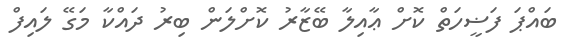
ބައްޕަ ފަޟީހަތް ކޮށް ޢާއިލާ ބޭޒާރު ކޮށްލަން ބިރު ދައްކާ މަގޭ ލައިފް